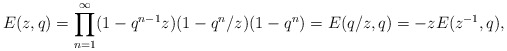
\begin{align*}E(z,q)=\prod_{n=1}^{\infty}(1-q^{n-1}z)(1-q^n/z)(1-q^n)=E(q/z,q)=-zE(z^{-1},q),\end{align*}